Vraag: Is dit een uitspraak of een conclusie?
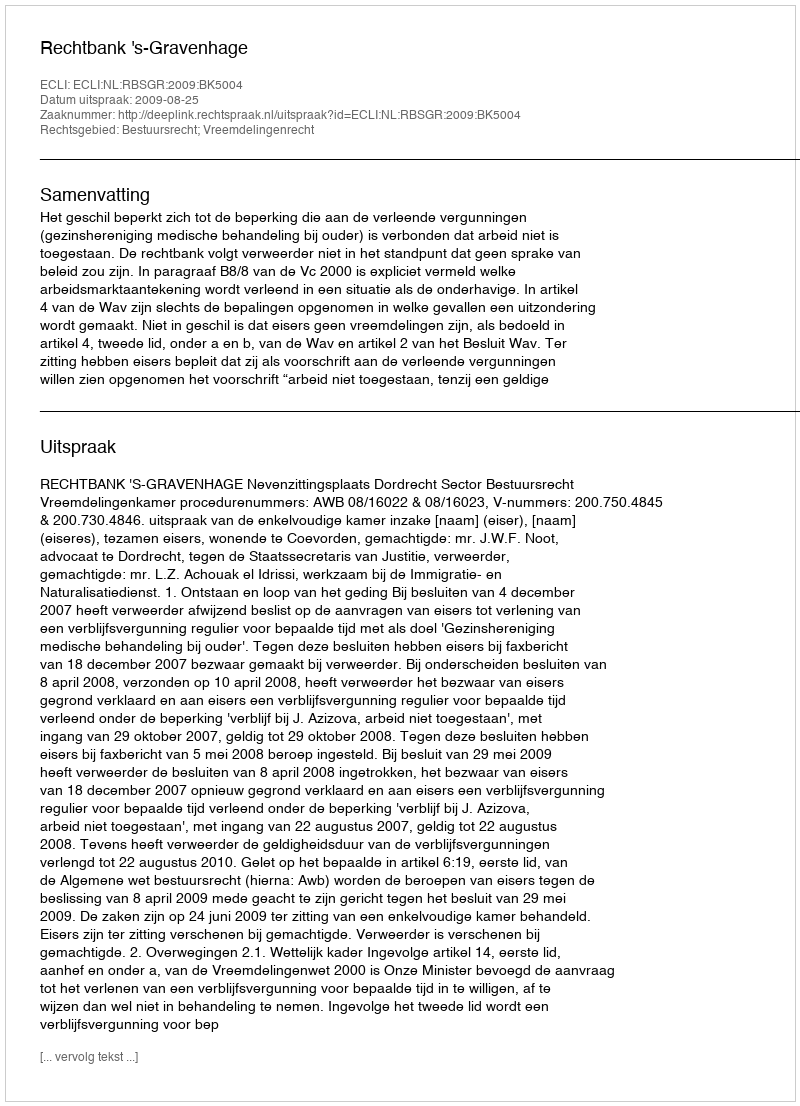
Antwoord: Uitspraak